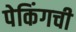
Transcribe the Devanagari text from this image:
पेकिंगची